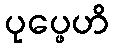
ပုပ္ဖေဟိ